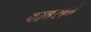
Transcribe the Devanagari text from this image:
वावरावे